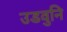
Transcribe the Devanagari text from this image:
उडवुनि